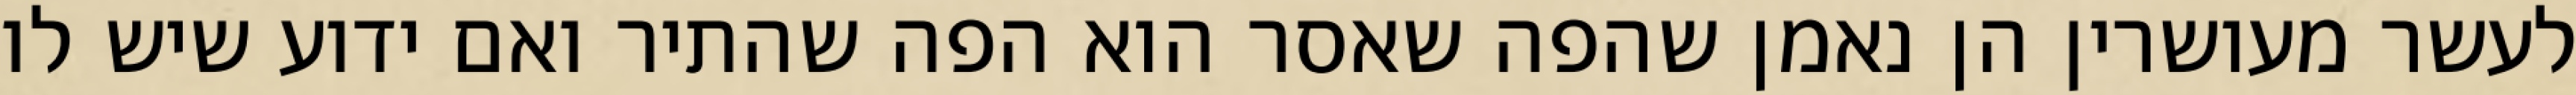
לעשר מעושרין הן נאמן שהפה שאסר הוא הפה שהתיר ואם ידוע שיש לו